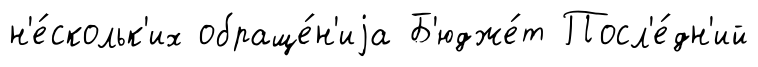
н'е́скольк'их обраще́н'иjа Б'юдже́т Посл'е́дн'ий